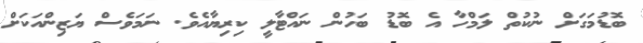
ބޮޑުމަގަށް ނުކުތް ލަމްހާ އެ ބޮޑު ބަހުން ނައްޓާލީ ކިރިޔާއެވެ. ނަމަވެސް ޔަޒިންއަކަށް